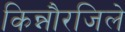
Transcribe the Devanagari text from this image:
किन्नौरजिले